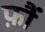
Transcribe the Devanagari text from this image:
फ़ौं